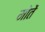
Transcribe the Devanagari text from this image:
मोतें